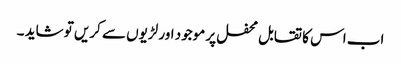
اب اس کا تقابل محفل پر موجود اور لڑیوں سے کریں تو شاید ۔